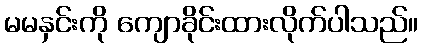
မမနှင်းကို ကျောခိုင်းထားလိုက်ပါသည်။